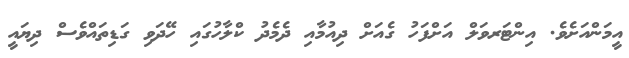
އީމަންއަށެވެ. އިންޓަރވަލް އަށްފަހު ގެއަށް ދިއުމާއި ދެމެދު ކްލާހުގައި ހޭދަވި ގަޑިތައްވެސް ދިޔައީ